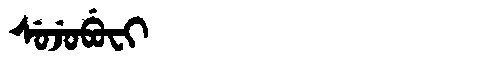
Manchu: ᠰᡠᠵᡠᠪᡠᠸᡳ
Romanization: SUJUBUFI